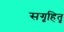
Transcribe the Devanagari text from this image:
सगृहितृ